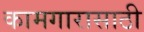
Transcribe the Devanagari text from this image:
कामगारासाठी